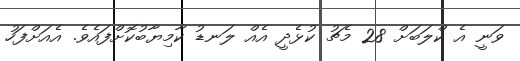
ވަނީ އެ ކްލަބަށް 28 މެޗު ކުޅެދީ އެއް ލަނޑު ކާމިޔާބުކޮށްފައެވެ. އެއަށްފަހު